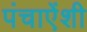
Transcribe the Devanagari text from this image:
पंचाऐंशी